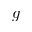
g